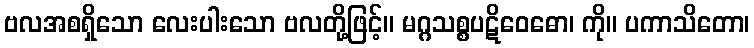
ဗလအစရှိသော လေးပါးသော ဗလတို့ဖြင့်။ မဂ္ဂသစ္စပဋိဝေဓော၊ ကို။ ပကာသိတော၊